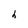
Character: h